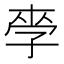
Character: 𱙼